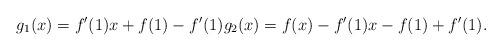
LaTeX: \begin{align*}g_{1}(x)=f^{\prime}(1)x+f(1)-f^{\prime}(1)g_{2}(x)=f(x)-f^{\prime}(1)x-f(1)+f^{\prime}(1).\end{align*}